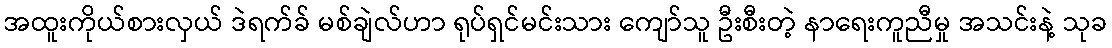
အထူးကိုယ်စားလှယ် ဒဲရက်ခ် မစ်ချဲလ်ဟာ ရုပ်ရှင်မင်းသား ကျော်သူ ဦးစီးတဲ့ နာရေးကူညီမှု အသင်းနဲ့ သုခ